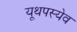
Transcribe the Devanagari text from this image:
यूथपस्येव